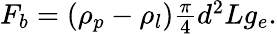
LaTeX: \begin{array}{r}{F_{b}=(\rho_{p}-\rho_{l})\frac{\pi}{4}d^{2}Lg_{e}.}\end{array}